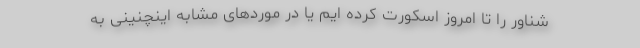
شناور را تا امروز اسکورت کرده ایم یا در موردهای مشابه اینچنینی به